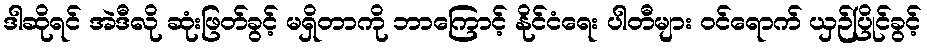
ဒါဆိုရင် အဲဒီလို ဆုံးဖြတ်ခွင့် မရှိတာကို ဘာကြောင့် နိုင်ငံရေး ပါတီများ ဝင်ရောက် ယှဉ်ပြိုင်ခွင့်